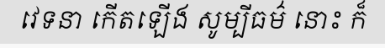
វេទនា កើតឡើង សូម្បីធម៌ នោះ ក៏